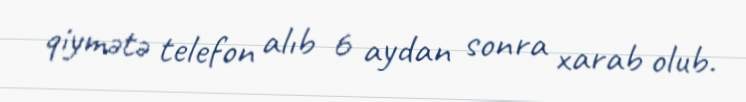
qiymətə telefon alıb 6 aydan sonra xarab olub.